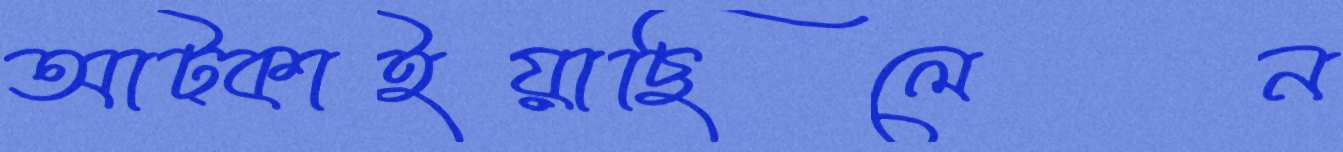
আট্‌কাইয়াছিলেন